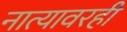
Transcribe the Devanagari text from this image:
नात्यावरही